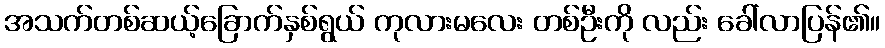
အသက်တစ်ဆယ့်ခြောက်နှစ်ရွယ် ကုလားမလေး တစ်ဦးကို လည်း ခေါ်လာပြန်၏။